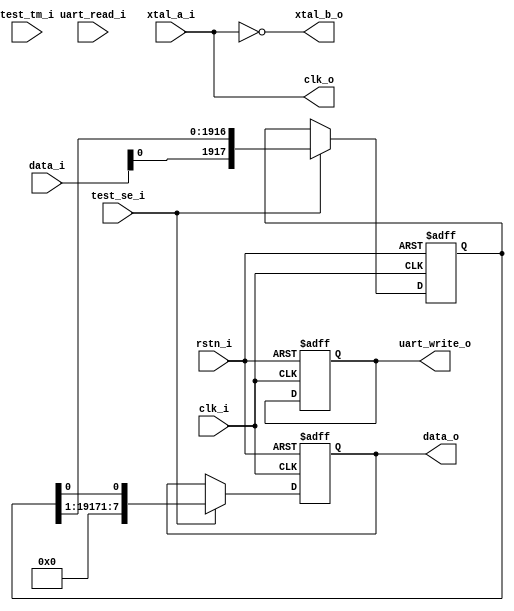
module csoc #(
	parameter NREGS = 1918
)(
	input        clk_i,
	input        rstn_i,
	input        uart_read_i,
	output       uart_write_o,
	input  [7:0] data_i,
	output [7:0] data_o,
	input        xtal_a_i,
	output       xtal_b_o,
	output       clk_o,
	input        test_tm_i,
	input        test_se_i
);

reg [NREGS-1:0] ffs_chain, ffs_chain_nxt;

reg uart_write, uart_write_nxt;
reg [7:0] data_or, data_or_nxt;
reg xtal_b, xtal_b_nxt;
reg clk_or, clk_or_nxt;

always @(posedge clk_i or negedge rstn_i) begin
	if (!rstn_i) begin
		uart_write <= 0;
		data_or <= 0;
		ffs_chain <= 0;
		xtal_b <= 0;
		clk_or <= 0;
	end
	else begin
		data_or <= data_or_nxt;
		uart_write <= uart_write_nxt;
		clk_or <= clk_or_nxt;
		xtal_b <= xtal_b_nxt;
		ffs_chain <= ffs_chain_nxt;
	end
end

always @(*) begin
	uart_write_nxt = uart_write;
	clk_or_nxt = clk_or;
	xtal_b_nxt = xtal_b;
	if (test_se_i) begin
		ffs_chain_nxt = {data_i[0], ffs_chain[NREGS-1:1]};
		data_or_nxt = {7'h0, ffs_chain[0]};
	end
	else begin
		ffs_chain_nxt = ffs_chain;
		data_or_nxt = data_or;
	end
end

assign uart_write_o = uart_write;
assign data_o = data_or;
assign clk_o = xtal_a_i;
assign xtal_b_o = ~ xtal_a_i;

endmodule